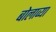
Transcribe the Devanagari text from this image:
बोलाव्या